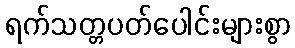
ရက်သတ္တပတ်ပေါင်းများစွာ